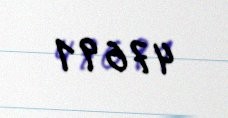
47691